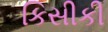
કિસીકી